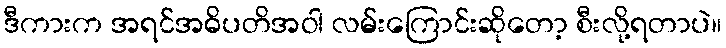
ဒီကားက အရင်အဓိပတိအဝါ လမ်းကြောင်းဆိုတော့ စီးလို့ရတာပဲ။